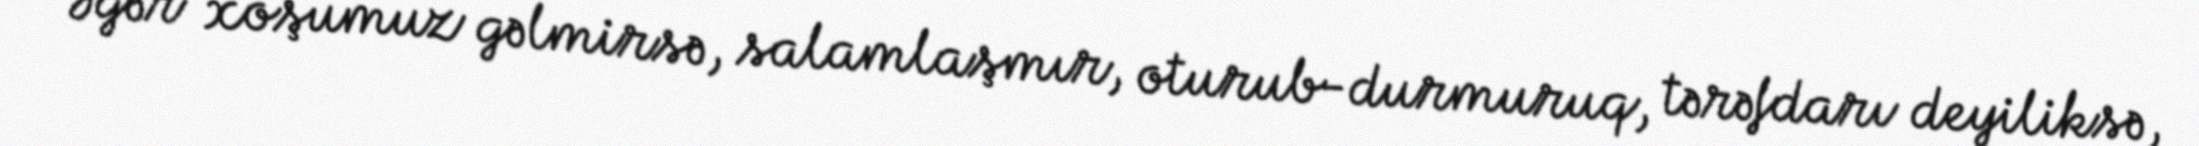
Əgər xoşumuz gəlmirsə, salamlaşmır, oturub-durmuruq, tərəfdarı deyiliksə,